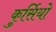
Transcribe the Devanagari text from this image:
कुर्सियो